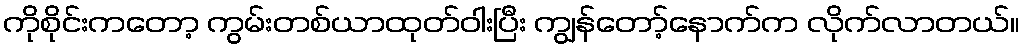
ကိုစိုင်းကတော့ ကွမ်းတစ်ယာထုတ်ဝါးပြီး ကျွန်တော့်နောက်က လိုက်လာတယ်။